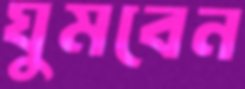
ঘুমবেন